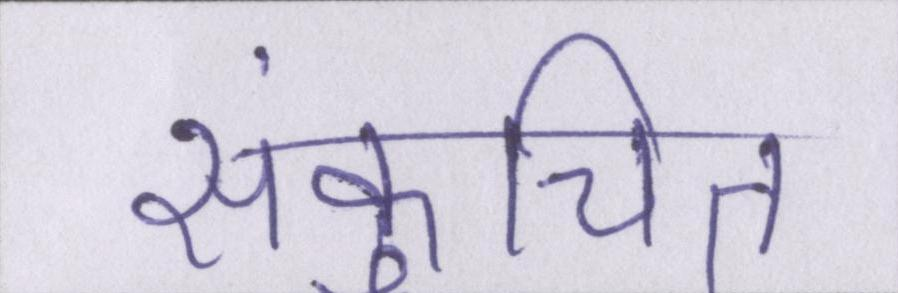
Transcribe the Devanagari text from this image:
संकुचित